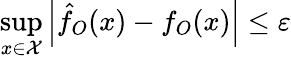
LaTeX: \underset{x\in{\cal{X}}}{\operatorname*{sup}}\left|\hat{f}_{O}(x)-f_{O}(x)\right|\le\varepsilon